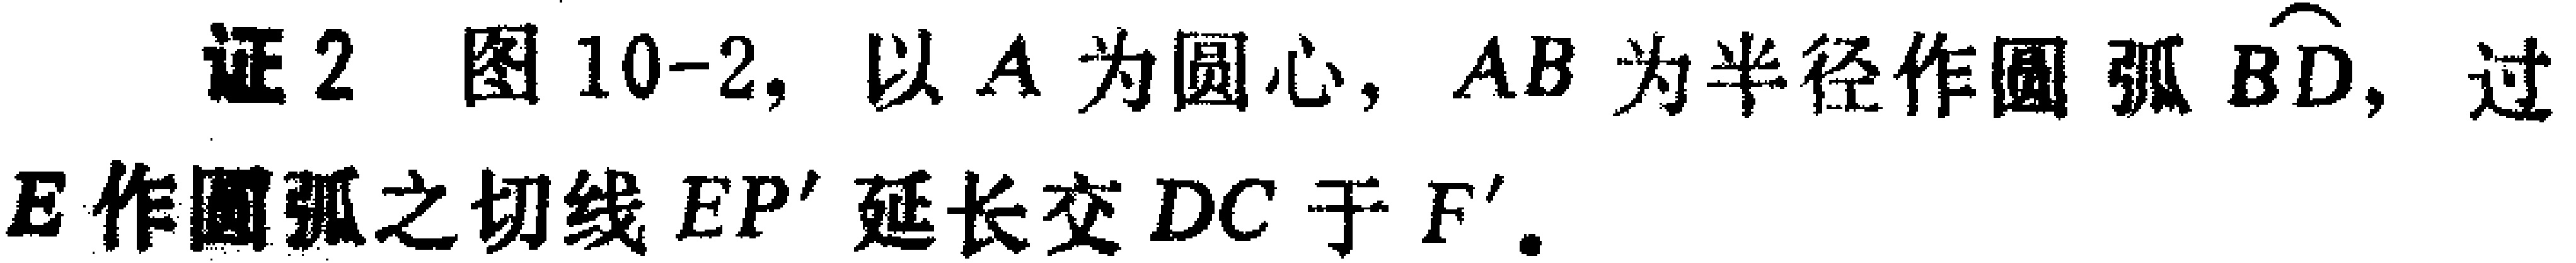
证2 图10-2, 以\(A\)为圆心, \(AB\)为半径作圆弧\(\overset{\frown}{BD}\), 过\(E\)作圆弧之切线\(EP'\)延长交\(DC\)于\(F'\).